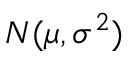
N ( \mu , \sigma ^ { 2 } )